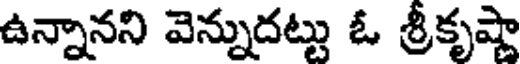
ఉన్నానని వెన్నుదట్టు ఓ శ్రీకృష్ణా